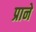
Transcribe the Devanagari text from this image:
प्राने